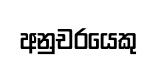
අනුචරයෙකු